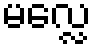
မလ္လေ